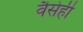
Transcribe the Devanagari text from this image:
वैसेही